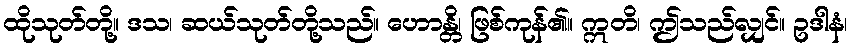
ထိုသုတ်တို့။ ဒသ၊ ဆယ်သုတ်တို့သည်။ ဟောန္တိ၊ ဖြစ်ကုန်၏။ ဣတိ၊ ဤသည်လျှင်။ ဥဒါနံ၊